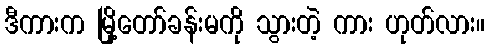
ဒီကားက မြို့တော်ခန်းမကို သွားတဲ့ ကား ဟုတ်လား။